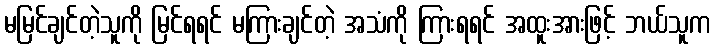
မမြင်ချင်တဲ့သူကို မြင်ရရင် မကြားချင်တဲ့ အသံကို ကြားရရင် အထူးအားဖြင့် ဘယ်သူက